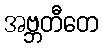
အဗ္ဘတီတေ